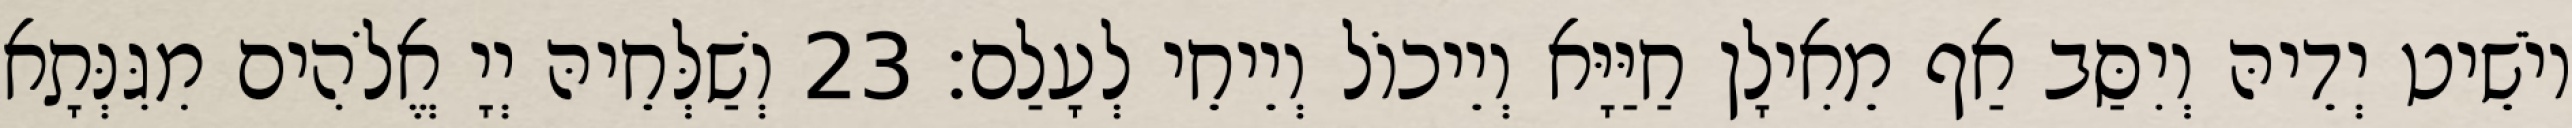
יוֹשֵׁיט יְדֵיהּ וְיִסַּב אַף מֵאִילָן חַיַּיָּא וְיֵיכוֹל וְיֵיחֵי לְעָלַם׃ 23 וְשַׁלְּחֵיהּ יְיָ אֱלֹהִים מִגִּנְּתָא